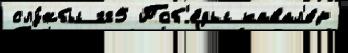
слу́жбы гг5 Поб'е́ды кавал'е́р